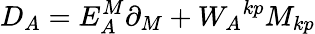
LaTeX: D_{A}=E_{A}^{M}\partial_{M}+{W_{A}}^{kp}M_{kp}